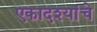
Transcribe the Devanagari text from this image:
एकादश्यांचे